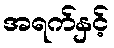
အရက်နှင့်